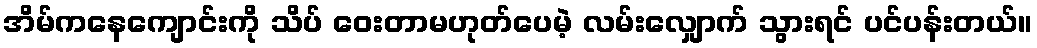
အိမ်ကနေကျောင်းကို သိပ် ဝေးတာမဟုတ်ပေမဲ့ လမ်းလျှောက် သွားရင် ပင်ပန်းတယ်။